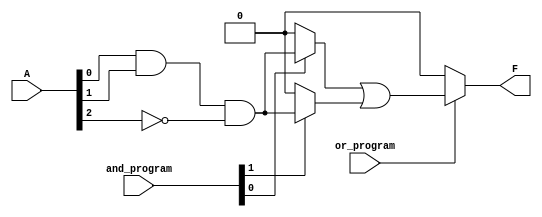
module PLA #(parameter NUM_INPUTS = 3, 
             parameter NUM_PRODUCT_TERMS = 2, 
             parameter NUM_OUTPUTS = 1) (
    input wire [NUM_INPUTS-1:0] A,  // Input signals A1, A2, A3
    input wire [NUM_PRODUCT_TERMS-1:0] and_program,  // Control signals for AND gate programmability
    input wire [NUM_OUTPUTS-1:0] or_program,          // Control signals for OR gate programmability
    output wire [NUM_OUTPUTS-1:0] F                      // Output signals
);

// Internal signals for product terms
wire [NUM_PRODUCT_TERMS-1:0] P;

// AND Array
generate
    genvar i;
    for (i = 0; i < NUM_PRODUCT_TERMS; i = i + 1) begin: and_array
        assign P[i] = (and_program[i] == 1'b1) ? (A[0] & A[1] & ~A[2]) : 0; // Example AND gate programming
    end
endgenerate

// OR Array
generate
    genvar j;
    for (j = 0; j < NUM_OUTPUTS; j = j + 1) begin: or_array
        assign F[j] = (or_program[j] == 1'b1) ? (P[0] | P[1]) : 0; // Example OR gate programming
    end
endgenerate

endmodule